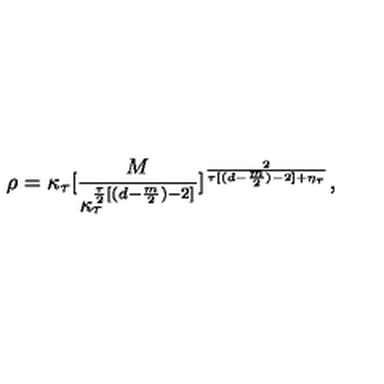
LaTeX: \rho = \kappa _ { \tau } [ \frac { M } { \kappa _ { \tau } ^ { \frac { \tau } { 2 } [ ( d - \frac { m } { 2 } ) - 2 ] } } ] ^ { \frac { 2 } { \tau [ ( d - \frac { m } { 2 } ) - 2 ] + \eta _ { \tau } } } ,